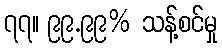
၇၇။ ၉၉.၉၉% သန့်စင်မှု